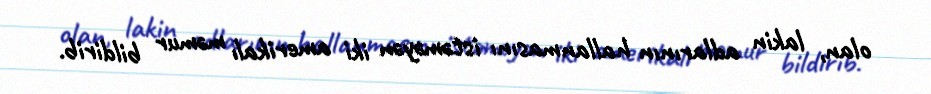
olan, lakin adlarının hallanmasını istəməyən iki amerikalı məmur bildirib.